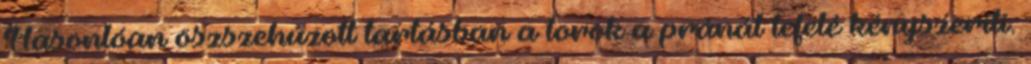
Hasonlóan öszszehúzott tartásban a torok a pránát lefelé kényszeríti.